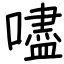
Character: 嚍